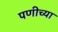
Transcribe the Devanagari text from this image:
पणीच्या